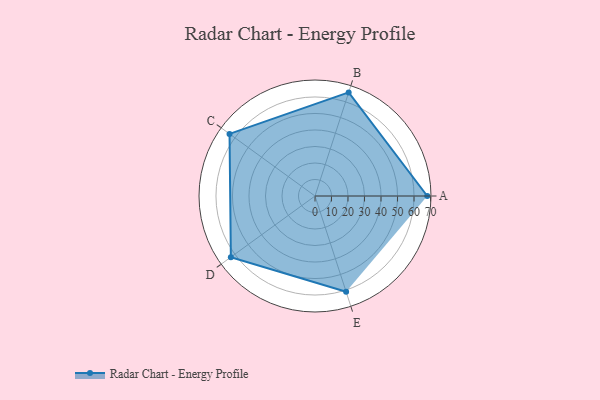
{"axis": {"x": "Skill", "y": "Score"}, "legend": ["Profile"], "data": [{"x": "A", "y": 68.0, "type": "Profile"}, {"x": "B", "y": 66.0, "type": "Profile"}, {"x": "C", "y": 64.0, "type": "Profile"}, {"x": "D", "y": 63.0, "type": "Profile"}, {"x": "E", "y": 61.0, "type": "Profile"}]}